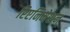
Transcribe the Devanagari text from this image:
रिएनिमेशन